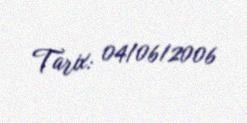
Tarix: 04/06/2006